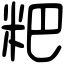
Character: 粑